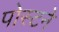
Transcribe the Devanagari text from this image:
पोस्टने